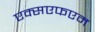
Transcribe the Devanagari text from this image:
एक्सएफएम